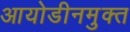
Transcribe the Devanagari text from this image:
आयोडीनमुक्त